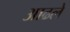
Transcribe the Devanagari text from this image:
आढले